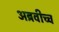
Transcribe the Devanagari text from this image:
अब्रवीच्च